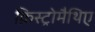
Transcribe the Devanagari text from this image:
क्रिस्ट्रोमैथिए